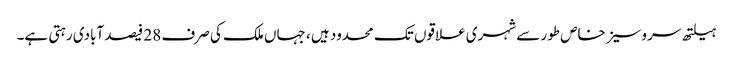
ہیلتھ سروسیز خاص طور سے شہری علاقوں تک محدود ہیں ، جہاں ملک کی صرف 28 فیصد آبادی رہتی ہے۔